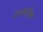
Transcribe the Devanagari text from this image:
वाक्याँश